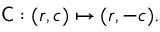
{ \mathsf { C } } : ( r , c ) \mapsto ( r , - c ) .